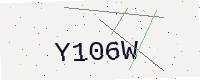
Text: Y106W